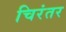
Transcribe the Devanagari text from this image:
चिरंतर